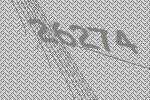
26274